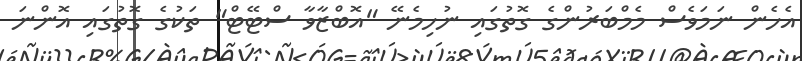
އެހެން ނަމަވެސް މެމްބަރުންގެ ގޮތުގައި ނުހިމެނޭ "އޮބްޒާވާ ސްޓޭޓް" ތަކުގެ ގޮތުގައި އޮންނަ